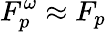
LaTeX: F_{p}^{\omega}\approx F_{p}